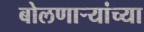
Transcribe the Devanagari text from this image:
बोलणाऱ्यांच्या